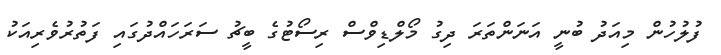
ފުލުހުން މިއަދު ބުނީ އަނަންތަރަ ދިގު މޯލްޑިވްސް ރިސޯޓުގެ ބީޗު ސަރަހައްދުގައި ފަތުރުވެރިއަކު